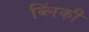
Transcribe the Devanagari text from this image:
ब्लिंकी